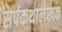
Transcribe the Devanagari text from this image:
सर्पकथालेखक